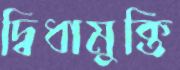
দ্বিধামুক্তি